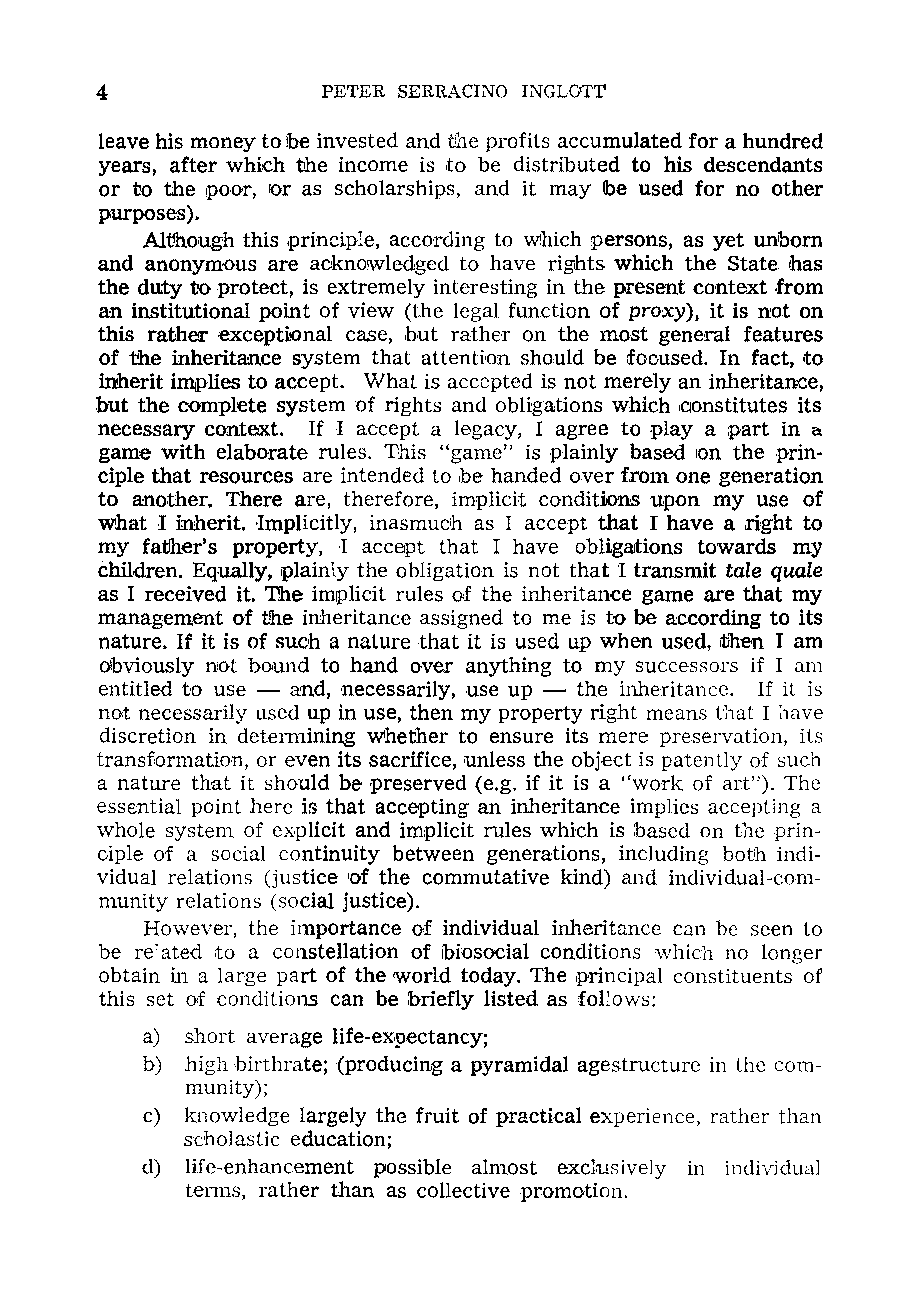
4              PETER SERRACINO INGLOTT
 leave his maney to. !be invested and tJhe prafits accumulated far a hundred
 years, after whilch tihe incame is to be distributed to. his descendants
 ar to the paor, ror as schalarships, and it may Ibe used for no other
 purposes).
 AlVhaugh this principle, accarding to. wl1ich persons, as yet unborn
 and ananymaus are acknolWledged to have rights which the State has
 the duty to protect, is extremely interesting in the present context from
 an institutional point af view (the legal function of proxy), it is not on
 this rather excepUonal case, but rathe'r an the most general features
 of the inheritance system that attenUan should be fooused. In fact, to
 inherit implies to accept. What is accepted is nat merely an inheritance,
 but the complete system of rights and abligatians which oonstitutes its
 necessary context. If I accept a legacy, I agree to. play a part in a
 game with elaborate rules. l1his "game" is plainly based Ion the prin
 ciple that resources are intended to ibe handed over from one generation
 to another. There are, therefore, implicit conditions upan my use of
 what I inherit. Implicitly, inasmuch as I accept that I have a right to
 my father's property, ,I accept that I have obligations towards my
 children. Equally, plainly the obligation is not that 1 transmit tale quale
 as I received it. The implicit rules of the inheritance game are that my
 management of the inheritance assigned to me is t'O be according to. its
 nature. If it is of such a nature that it is used up when used, tihen I am
 obviously not bound to hand over anything to my successo.rs if I am
 entitled to use - and, necessarily, use up - the inheritance. If it is
 not necessarily used up in use, then my property right means that I have
 discretion in determining Whether to ensure its mere preservation, its
 transformation, or even its sacrifice, unless the object is patently of such
 a nature that it should be preserved (e.g. if it is a "work of art"). The
 essential point here is that accepting an inheritance implies accepting a
 whole system of explicit and implicit rules which is based on tneprin
 ciple IQf a social continuity between generations, including bath indi
 vidual relations (justice 'of the commutative kind) and individual-com
 munity relations (social justice).
 However, the importance of individual inheritance can be seen to
 be re'ated to a constellation of ibiosocial conditions whiCh no longer
 obtain in a large part of the 'World today. The ,principal constituents of
 this set of conditions can be briefly listed as foHows:
 a) shart average life-ex,pectancy;
 b) high birthrate; (producing a pyramidal age structure in the com
 munity);
 c) knowledge largely the fruit of practical experience, rather than
 scholastic education;
 d) life-enhancement possible almost exclusively in individual
 tern1s, rather than as collective promotion.